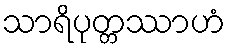
သာရိပုတ္တဿာဟံ